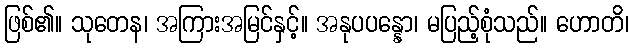
ဖြစ်၏။ သုတေန၊ အကြားအမြင်နှင့်။ အနုပပန္နော၊ မပြည့်စုံသည်။ ဟောတိ၊